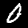
Label: 0